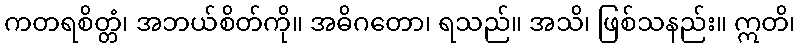
ကတရစိတ္တံ၊ အဘယ်စိတ်ကို။ အဓိဂတော၊ ရသည်။ အသိ၊ ဖြစ်သနည်း။ ဣတိ၊